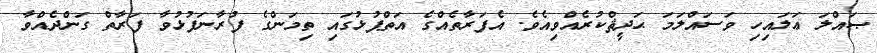
ޞައްލަ ޢަލައިހި ވަސައްލަމަ ޙަދީޘްކުރެއްވިއެވެ. އެފަރާތެއްގެ އަތްޕުޅުގައި ތިމަންގެ ފުރާނަފުޅުވާ ފަރާތް ގަންދެއްވާ